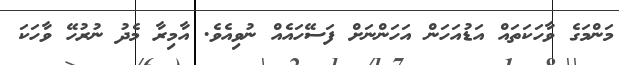
މަންމަގެ ވާހަކަތައް އަޑުއަހަން އަހަންނަށް ފަސޭހައެއް ނުވިއެވެ. އާމިރާ މެދު ނުރުހޭ ވާހަކަ